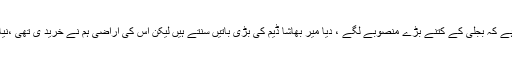
نوازشریف نے کہا تھا کہ بجلی کا بحران ختم کروں گا اور پاکستانی قوم گواہ ہے کہ بجلی کے کتنے بڑے منصوبے لگے ، دیا میر بھاشا ڈیم کی بڑی باتیں سنتے ہیں لیکن اس کی اراضی ہم نے خرید ی تھی ،نیازی صاحب چندے سے ملک نہیں چلتے ، آپ نے قوم کو چندے پر لگادیاہے۔